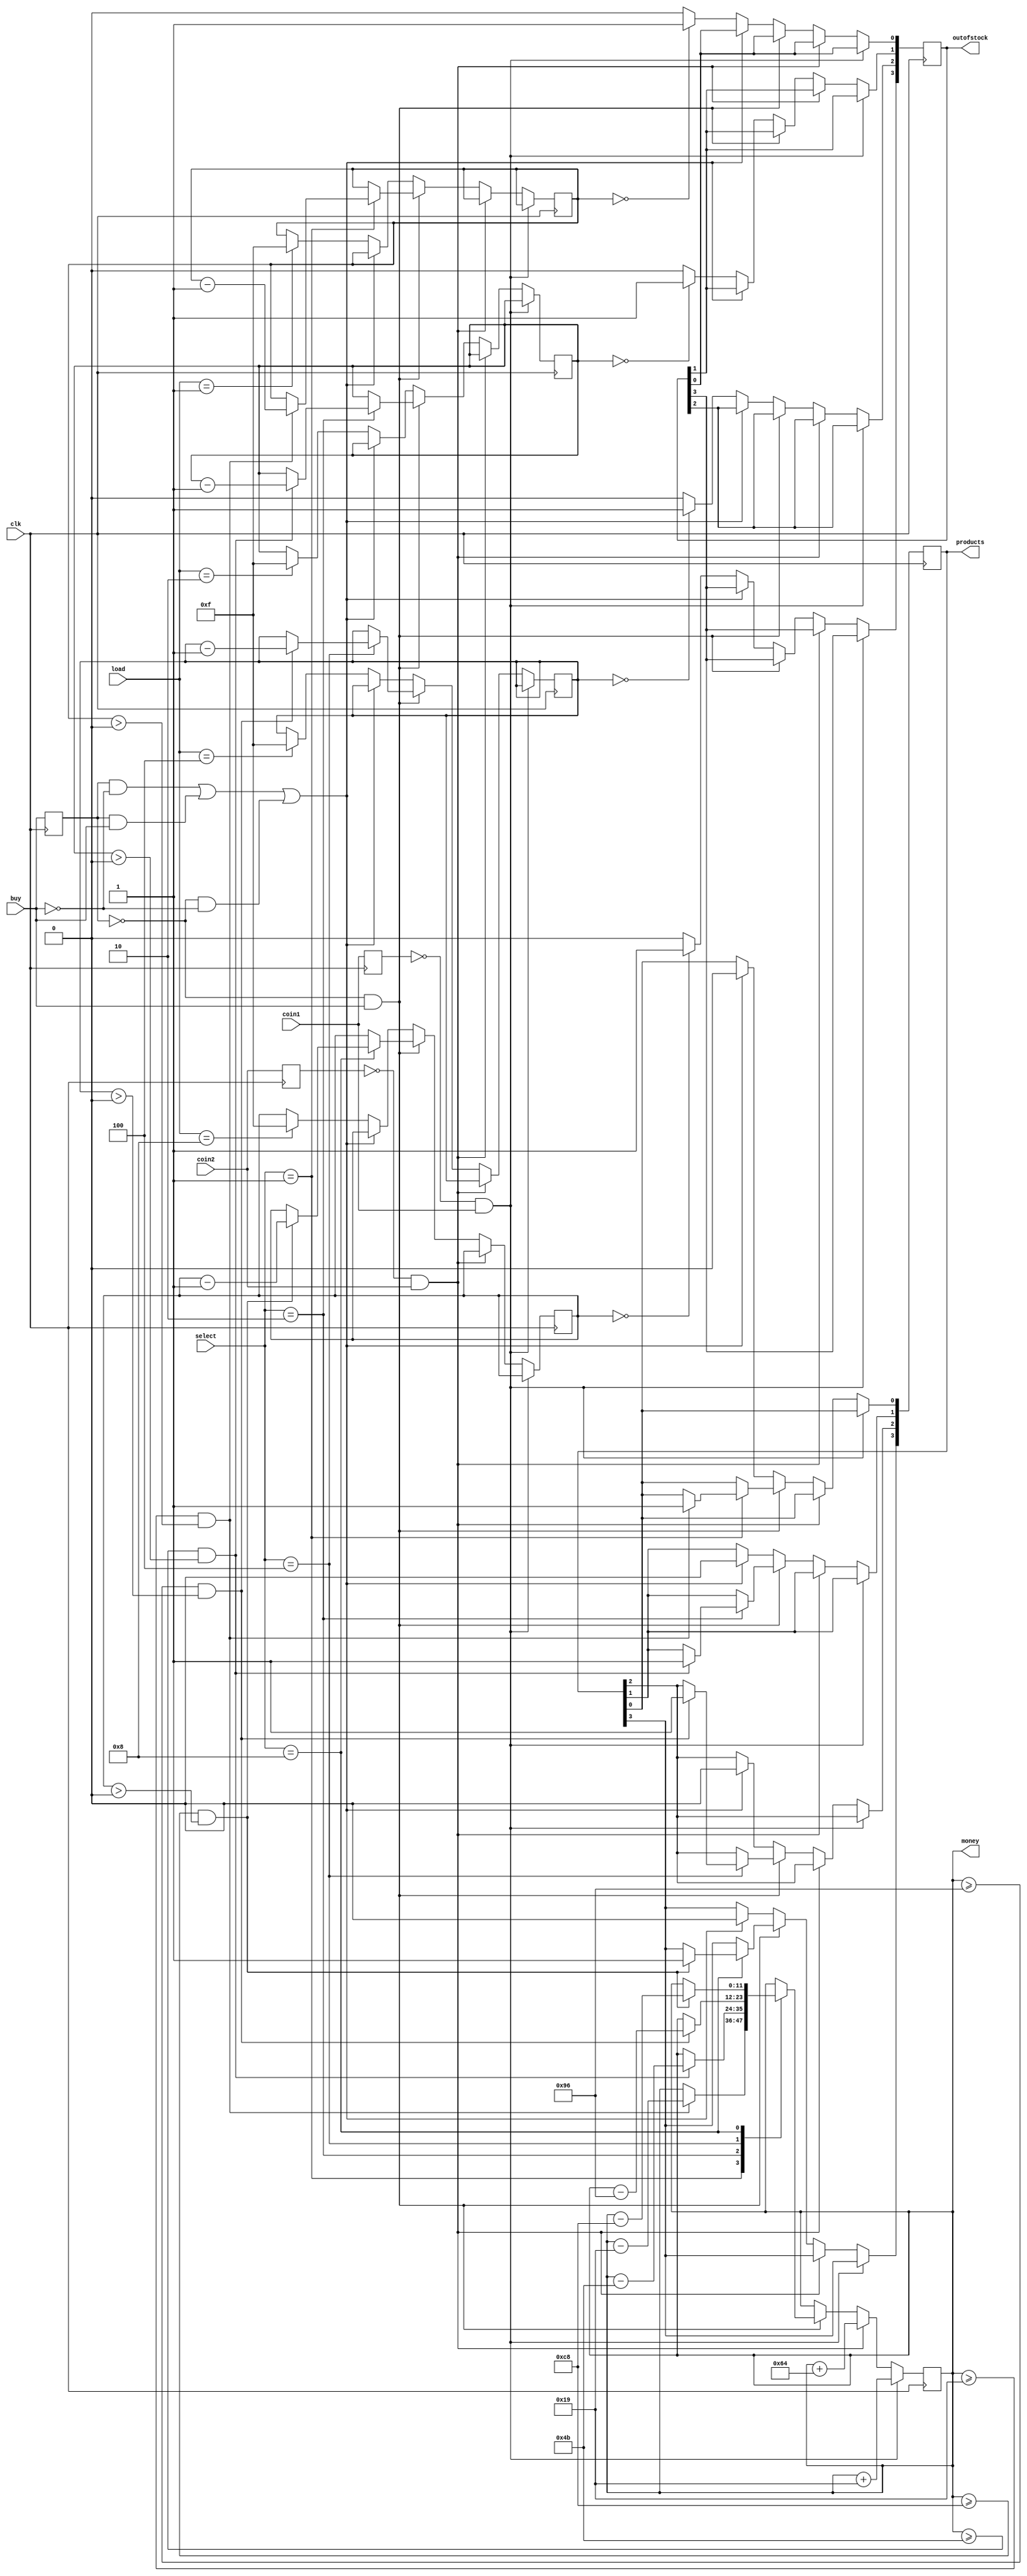
module vendingmachine(clk,coin1,coin2,select,buy,load,money,products,outofstock);


input clk; input coin1; //25 cents
input coin2; //1 dollar (100 cents)
input [3:0] select; input buy; input [3:0] load;
output reg [11:0] money=0; output reg [3:0] products=0;
output reg [3:0] outofstock=0;
reg coin1_prev=0,coin2_prev=0; reg buy_prev=0;
reg [3:0] stock1=4'b1010; reg [3:0] stock2=4'b1010;
reg [3:0] stock3=4'b1010; reg [3:0] stock4=4'b1010;


always @ (posedge clk) begin
coin1_prev <= coin1; coin2_prev <= coin2; buy_prev <= buy;
if (coin1_prev == 1'b0 && coin1 == 1'b1) money <= money + 12'd25;
else if (coin2_prev == 1'b0 && coin2 == 1'b1) money <= money + 12'd100;
else if (buy_prev == 1'b0 && buy == 1'b1) begin
case (select)
4'b0001: if (money >= 12'd25 && stock1 > 0) begin
products[0] <= 1'b1; stock1 <= stock1 - 1'b1; money <= money - 12'd25;
end
4'b0010: if (money >= 12'd75 && stock2 > 0) begin
products[1] <= 1'b1; stock2 <= stock2 - 1'b1; money <= money - 12'd75;
end
4'b0100: if (money >= 12'd150 && stock3 > 0) begin products[2] <= 1'b1; stock3 <= stock3 - 1'b1; money <= money -
12'd150; end
4'b1000: if (money >= 12'd200 && stock4 > 0) begin products[3] <= 1'b1; stock4 <= stock4 - 1'b1; money <= money -
12'd200; end
endcase
end
else if (buy_prev == 1'b1 && buy == 1'b0 || buy_prev == 1'b1 && buy == 1'b1 || buy_prev == 1'b0 && buy == 1'b0 ) begin products[0] <= 1'b0; products[1] <= 1'b0; products[2] <= 1'b0; 
products[3] <= 1'b0; end
else begin
if (stock1 == 4'b0) outofstock[0] <= 1'b1; else outofstock[0] <= 1'b0;
if (stock2 == 4'b0) outofstock[1] <= 1'b1; else outofstock[1] <= 1'b0;
if (stock3 == 4'b0) outofstock[2] <= 1'b1; else outofstock[2] <= 1'b0;
if (stock4 == 4'b0) outofstock[3] <= 1'b1; else outofstock[3] <= 1'b0;


case (load)
4'b0001: stock1 <= 4'b1111;
4'b0010: stock2 <= 4'b1111;
4'b0100: stock3 <= 4'b1111;
4'b1000: stock4 <= 4'b1111;
endcase
end
end
endmodule